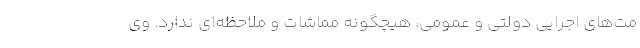
مت‌های اجرایی دولتی و عمومی، هیچگونه مماشات و ملاحظه‌ای ندارد. وی